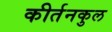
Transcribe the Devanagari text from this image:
कीर्तनकुल